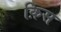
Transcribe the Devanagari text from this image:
क़िस